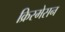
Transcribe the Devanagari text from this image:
क्रिस्मेसन